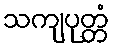
သကျပုတ္တံ